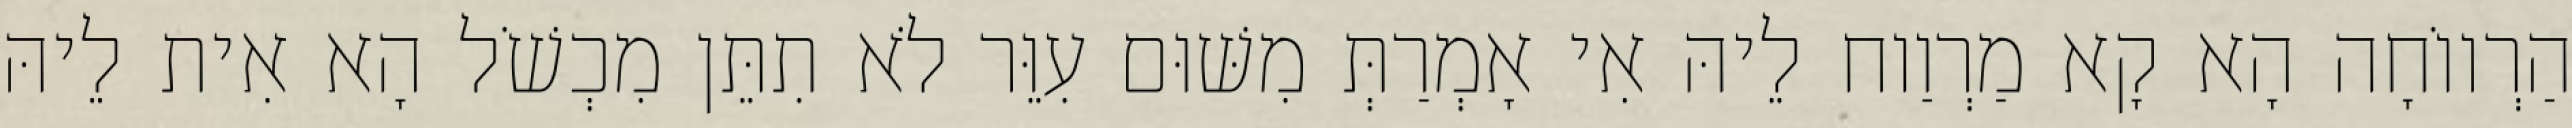
הַרְווֹחָה הָא קָא מַרְוַוח לֵיהּ אִי אָמְרַתְּ מִשּׁוּם עִוֵּר לֹא תִתֵּן מִכְשֹׁל הָא אִית לֵיהּ